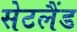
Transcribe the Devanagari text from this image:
सेटलैंड